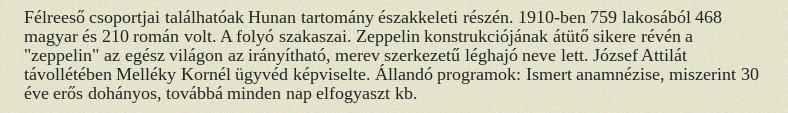
Félreeső csoportjai találhatóak Hunan tartomány északkeleti részén. 1910-ben 759 lakosából 468 magyar és 210 román volt. A folyó szakaszai. Zeppelin konstrukciójának átütő sikere révén a "zeppelin" az egész világon az irányítható, merev szerkezetű léghajó neve lett. József Attilát távollétében Melléky Kornél ügyvéd képviselte. Állandó programok: Ismert anamnézise, miszerint 30 éve erős dohányos, továbbá minden nap elfogyaszt kb.